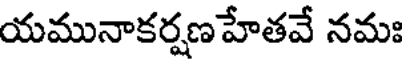
యమునాకర్షణ హేతవే నమః